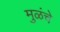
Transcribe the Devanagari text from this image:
मुळंचे